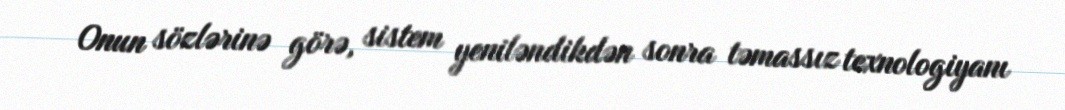
Onun sözlərinə görə, sistem yeniləndikdən sonra təmassız texnologiyanı